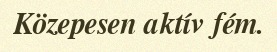
Közepesen aktív fém.